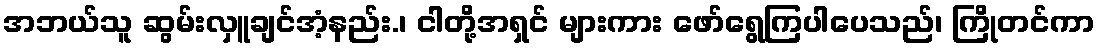
အဘယ်သူ ဆွမ်းလှူချင်အံ့နည်း.၊ ငါတို့အရှင် များကား ဖော်ရွေကြပါပေသည်၊ ကြိုတင်ကာ